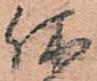
休